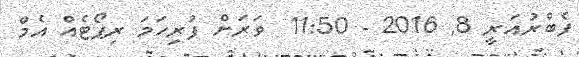
ފެބްރުއަރީ 8